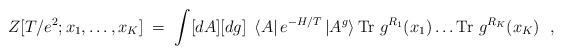
LaTeX: \begin{align*}Z[T/e^2;x_1,\ldots,x_K] \; = \; \int[dA][dg]~\left<A\right| e^{-H/T}\left|A^g\right> {\rm Tr}~g^{ R_1}(x_1)\ldots {\rm Tr}~g^{ R_K}(x_K)~~,\end{align*}